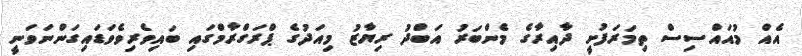
އެއް މުއައްސިސް ތިމަރަފުށީ ދާއިރާގެ މެންބަރު އަަބްދު ރިޔާޒު މިއަދުގެ ޕްރަގްރާމްގައި ބައިވެރިވެވަޑައިގަންނަވަނީ